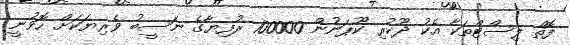
ފޮތް ލިސްޓްތަކާ އެކު ދޫކުރި ކޫޕަނުން 100000 ރުފިޔާގެ ނަސީބު ވެރިޔަކަށް ހޮވުނީ